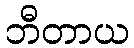
ဘီတာယ